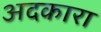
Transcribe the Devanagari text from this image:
अदकारा